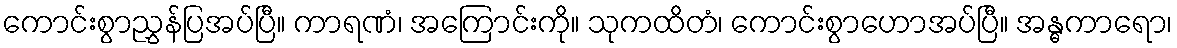
ကောင်းစွာညွှန်ပြအပ်ပြီ။ ကာရဏံ၊ အကြောင်းကို။ သုကထိတံ၊ ကောင်းစွာဟောအပ်ပြီ။ အန္ဓကာရော၊